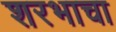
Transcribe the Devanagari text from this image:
शरभाचा